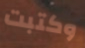
وكتبت